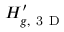
H _ { g , \mathrm { ~ 3 ~ D ~ } } ^ { \prime }